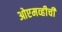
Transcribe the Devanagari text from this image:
ओएमव्हीची